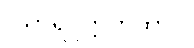
(သာရပ္ပတ္တကထာ)။